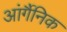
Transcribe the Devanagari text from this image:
आंर्गैनिक